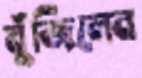
বুঁজিলেন